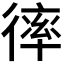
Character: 𢕑